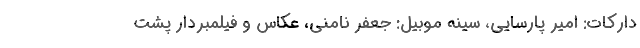
دارکات: امیر پارسایی، سینه موبیل: جعفر نامنی، عکاس و فیلمبردار پشت